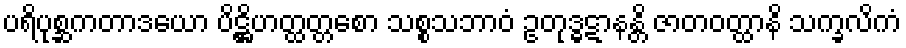
ပရိပုစ္ဆကတာဒယော ပိဋ္ဌိဟတ္ထတ္တစော သစ္စသဘာဝံ ဥတုဒ္ဓဋာနန္တိ ဇာတဝတ္ထာနိ သက္ခလိကံ